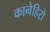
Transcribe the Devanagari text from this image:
कानेहिरो